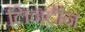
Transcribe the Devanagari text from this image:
लिनटॉन